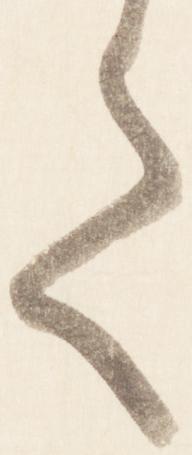
て